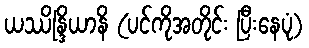
ယဿိန္ဒြိယာနိ (ပင်ကိုအတိုင်း ပြီးနေပုံ)